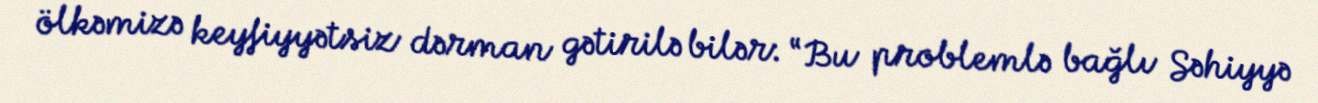
ölkəmizə keyfiyyətsiz dərman gətirilə bilər: “Bu problemlə bağlı Səhiyyə